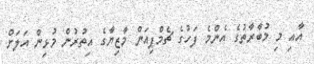
އާއި މި މުބާރާތުގެ އެންމެ ފަހުގެ ޗެމްޕިއަން މާޒިޔާގެ އިތުރުން މުޅިން އަލަށް